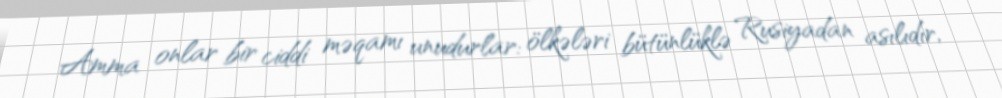
Amma onlar bir ciddi məqamı unudurlar: ölkələri bütünlüklə Rusiyadan asılıdır,